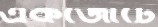
একজোটে